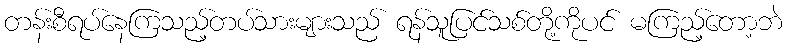
တန်းစီရပ်နေကြသည့်တပ်သားများသည် ရန်သူပြင်သစ်တို့ကိုပင် မကြည့်တော့ဘဲ